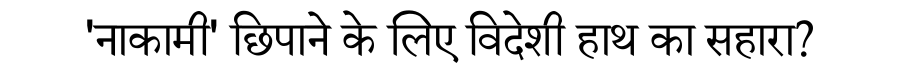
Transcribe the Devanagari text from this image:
'नाकामी' छिपाने के लिए विदेशी हाथ का सहारा?